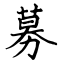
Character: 募